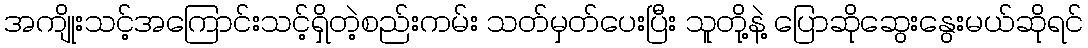
အကျိုးသင့်အကြောင်းသင့်ရှိတဲ့စည်းကမ်း သတ်မှတ်ပေးပြီး သူတို့နဲ့ ပြောဆိုဆွေးနွေးမယ်ဆိုရင်